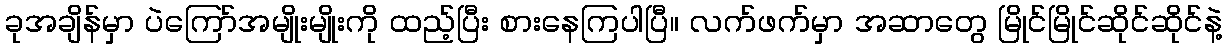
ခုအချိန်မှာ ပဲကြော်အမျိုးမျိုးကို ထည့်ပြီး စားနေကြပါပြီ။ လက်ဖက်မှာ အဆာတွေ မြိုင်မြိုင်ဆိုင်ဆိုင်နဲ့